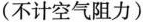
(不计空气阻力)